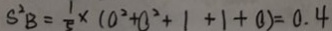
S ^ { 2 } B = \frac { 1 } { 5 } \times ( 0 ^ { 2 } + 0 ^ { 2 } + 1 + 1 + 0 ) = 0 . 4